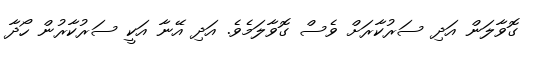
ގޮވާލަން އަދި ސަރުކާރަށް ވެސް ގޮވާލަމެވެ. އަދި އޭނާ އަކީ ސަރުކާރުން ހޯދާ